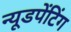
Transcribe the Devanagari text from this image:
न्यूडपेंटिंग